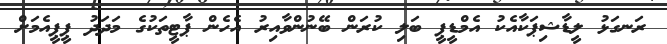
ރަނގަޅު ލީޑާޝިޕަކާއެކު އެމްޑީޕީ ބަލި ކުރަން ބޭނުންވާއިރު އެހެން ޕާޓީތަކުގެ މަދަދު ޕީޕީއެމަށް